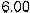
6.00